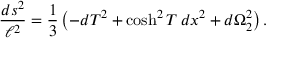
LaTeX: { \frac { d s ^ { 2 } } { \ell ^ { 2 } } } = \frac { 1 } { 3 } \left( - d T ^ { 2 } + \cosh ^ { 2 } T \, d x ^ { 2 } + d \Omega _ { 2 } ^ { 2 } \right) .